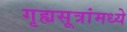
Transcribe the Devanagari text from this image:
गृह्यसूत्रांमध्ये